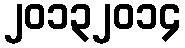
၂၀၁၃၂၀၁၄